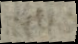
i